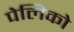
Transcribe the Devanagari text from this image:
पेलिको